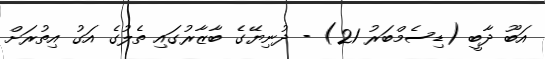
އަބޫ ދާބީ (ޑިސެމްބަރު 21) - ދުނިޔޭގެ ބާޒާރުގައި ތެލުގެ އަގު އިތުރަށް